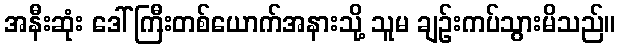
အနီးဆုံး ဒေါ်ကြီးတစ်ယောက်အနားသို့ သူမ ချဉ်းကပ်သွားမိသည်။